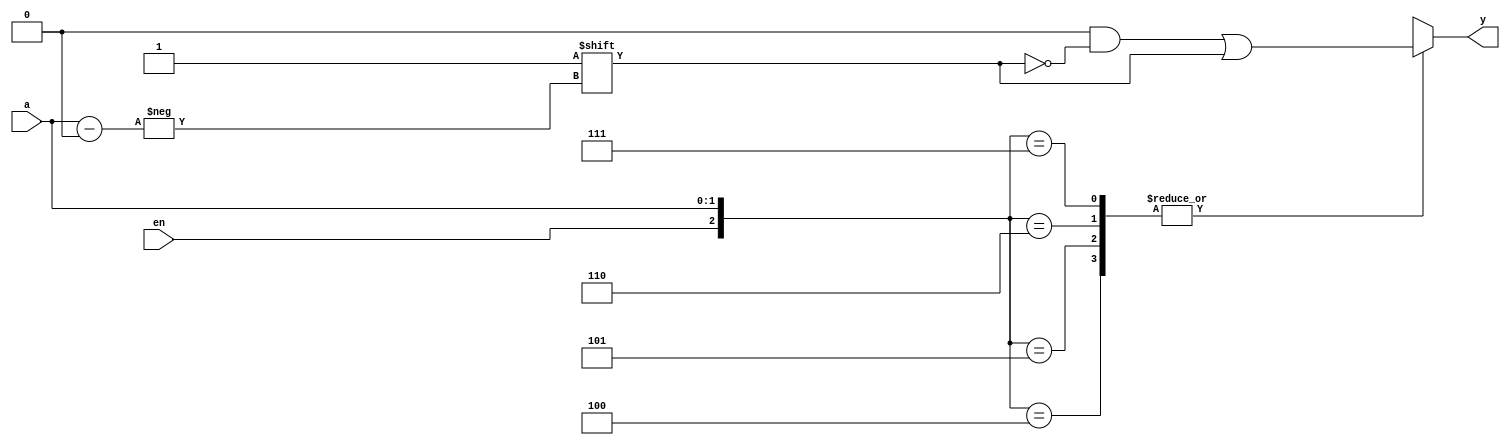
module code4a (y, a, en);
    output [3:0] y;
    input [1:0] a;
    input en;
    reg [3:0] y;
    always @(a or en) begin
        y = 4'h0;
        case ({en,a}) // synopsys full_case
        3'b100: y[a] = 1'b1;
        3'b101: y[a] = 1'b1;
        3'b110: y[a] = 1'b1;
        3'b111: y[a] = 1'b1;
        endcase
end
endmodule